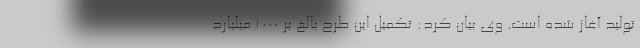
تولید آغاز شده است. وی بیان کرد: تکمیل این طرح بالغ بر ۱۰۰۰ میلیارد